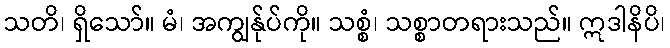
သတိ၊ ရှိသော်။ မံ၊ အကျွန်ုပ်ကို။ သစ္စံ၊ သစ္စာတရားသည်။ ဣဒါနိပိ၊